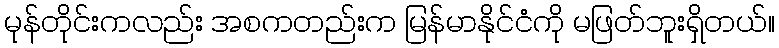
မုန်တိုင်းကလည်း အစကတည်းက မြန်မာနိုင်ငံကို မဖြတ်ဘူးရှိတယ်။